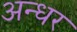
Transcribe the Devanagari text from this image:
अन्धर